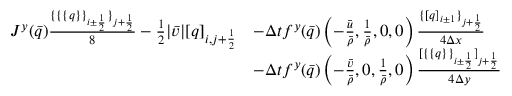
\begin{array} { r l } { J ^ { y } ( \bar { q } ) \frac { \{ \{ \{ q \} \} _ { i \pm \frac 1 2 } \} _ { j + \frac 1 2 } } { 8 } - \frac 1 2 | \bar { v } | [ q ] _ { i , j + \frac 1 2 } } & { - \Delta t f ^ { y } ( \bar { q } ) \left( - \frac { \bar { u } } { \bar { \rho } } , \frac { 1 } { \bar { \rho } } , 0 , 0 \right) \frac { \{ [ q ] _ { i \pm 1 } \} _ { j + \frac 1 2 } } { 4 \Delta x } } \\ & { - \Delta t f ^ { y } ( \bar { q } ) \left( - \frac { \bar { v } } { \bar { \rho } } , 0 , \frac { 1 } { \bar { \rho } } , 0 \right) \frac { [ \{ \{ q \} \} _ { i \pm \frac 1 2 } ] _ { j + \frac 1 2 } } { 4 \Delta y } } \end{array}